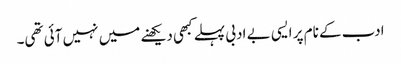
ادب کے نام پر ایسی بے ادبی پہلے کبھی دیکھنے میں نہیں آئی تھی۔